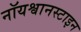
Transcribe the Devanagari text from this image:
नॉयश्वानस्टाइन